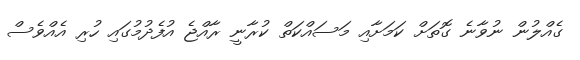
ގެއްލުން ނުވާނެ ގޮތަށް ކަމަށާއި މަސައްކަތް ކުރާނީ ރާއްޖެ އުފެދުމުގައި ހުރި އެއްވެސް